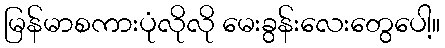
မြန်မာစကားပုံလိုလို မေးခွန်းလေးတွေပေါ့။